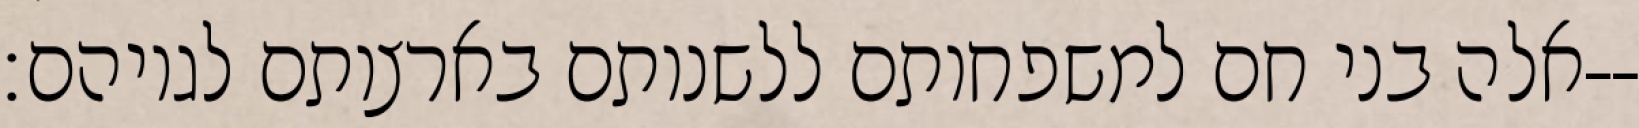
אלה בני חם למשפחותם ללשנותם בארצותם לגויהם׃--